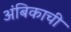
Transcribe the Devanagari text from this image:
अंबिकाची